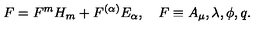
F = F ^ { m } H _ { m } + F ^ { ( \alpha ) } E _ { \alpha } , \quad F \equiv A _ { \mu } , \lambda , \phi , q .